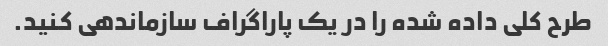
طرح کلی داده شده را در یک پاراگراف سازماندهی کنید.